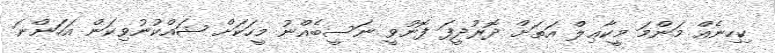
ކިހިނެއް މަންމަ މީކާޢިލް އަތަށް ދޮރުދީފަ ފޮނުވީ ނަސީބެއްނު މީހަކަށް ޝައްކުނުވިކަން އަހަންނަ